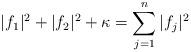
LaTeX: \begin{align*}|f_1|^2+|f_2|^2+\kappa =\sum_{j=1}^n |f_j|^2\end{align*}